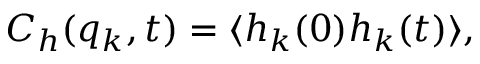
C _ { h } ( q _ { k } , t ) = \langle h _ { k } ( 0 ) h _ { k } ( t ) \rangle ,